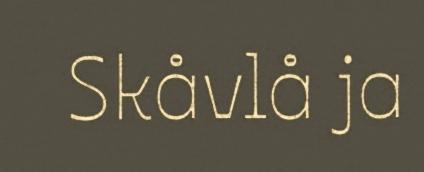
Skåvlå ja